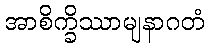
အာစိက္ခိဿာမျနာဂတံ